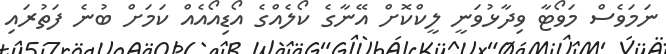
ނަމަވެސް މަވޯޓާ ވިދާޅުވަނީ ލީކްކޮށް އޭނާގެ ކޯލެއްގެ އޯޑިއޯއެއް ކަމަށް ބުނެ ފަތުރައި